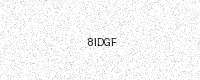
Text: 8IDGF